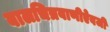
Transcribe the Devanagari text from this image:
बालचित्रवाणीऐवजी